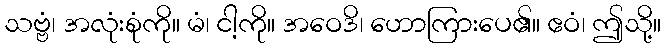
သဗ္ဗံ၊ အလုံးစုံကို။ မံ၊ ငါ့ကို။ အဝေဒိ၊ ဟောကြားပေ၏။ ဧဝံ၊ ဤသို့။